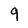
Character: 9